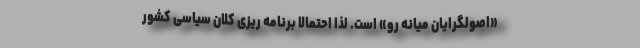
«اصولگرایان میانه رو» است. لذا احتمالاً برنامه ریزی کلان سیاسی کشور